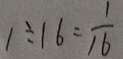
1 \div 1 6 = \frac { 1 } { 1 6 }